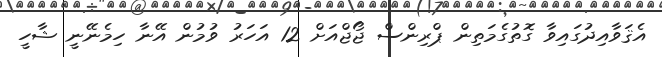
އެޤަވާއިދުގައިވާ ގޮތުގެމަތިން ޕްރިންސް ޖޯޖްއަށް 12 އަހަރު ވުމުން އޭނާ ހިމެނޭނީ ޝާހީ